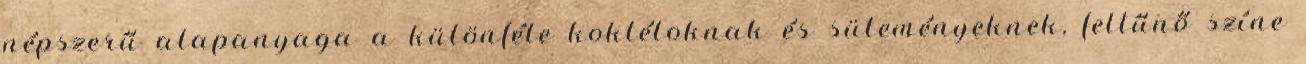
népszerű alapanyaga a különféle koktéloknak és süteményeknek, feltűnő színe